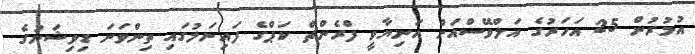
އުމުރުން 25 އަހަރުގެ އަލްވޭސްއަށް އަނިޔާވީ ފްރެންޗް ކަޕްގެ ފައިނަލުގައި ތިންވަނަ ޑިވިޝަނުގެ